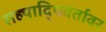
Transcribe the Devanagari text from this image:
सह्यादि्पवर्तावर